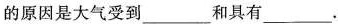
的原因是大气受到___和具有___.